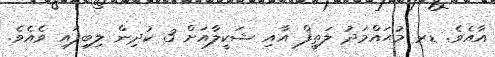
އާއެވެ. ޑރ މުޙައްމަދު ލަތީފް އާއި ޝަކީލާއަށް 3 ކުދިން ލިބިފައި ވެއެވެ.